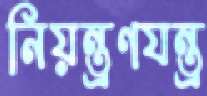
নিয়ন্ত্রণযন্ত্র